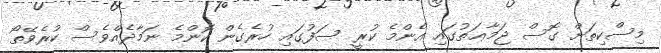
މިސްކިތަށް ގޮސް ޖަމާޢަތުގައި އެންމެ ކުރީ ސަފުގައި ހުރެގެން ކޮންމެ ނަމާދެއްވެސް ކުރެވޭތޯ